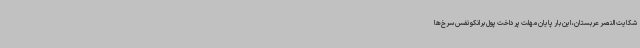
شکایت النصر عربستان، این بار پایان مهلت پرداخت پول برانکو نفس سرخ‌ها